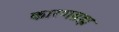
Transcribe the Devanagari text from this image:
कारणब्रह्म